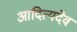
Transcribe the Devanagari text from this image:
आदित्यदेव